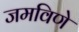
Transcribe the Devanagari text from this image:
जमविणे